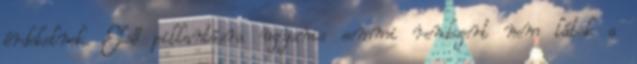
érdekelnek. Első pillantásra ugyanis semmi rendszert nem látok a